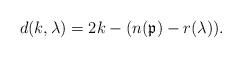
LaTeX: \begin{align*}d(k,\lambda) = 2k - (n(\mathfrak{p}) - r(\lambda)).\end{align*}